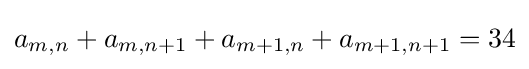
a_{m,n}+a_{m,n+1}+a_{m+1,n}+a_{m+1,n+1}=34